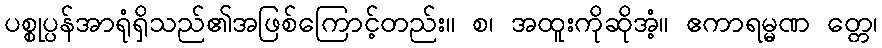
ပစ္စုပ္ပန်အာရုံရှိသည်၏အဖြစ်ကြောင့်တည်း။ စ၊ အထူးကိုဆိုအံ့။ ဧကာရမ္မဏ တ္တေ၊